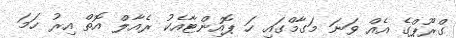
ގްރޫޕްގެ އެއް ވަނަ މަގާމްގައި ހަ ޕޮއިންޓާއެކު ރެއާލް އޮތް އިރު ހަމަ